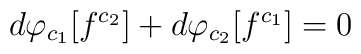
d \varphi_{c_{1}}[f^{c_{2}}] + d \varphi_{c_{2}}[f^{c_{1}}] = 0